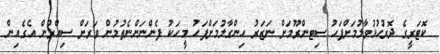
ކޮޓަރީގެ ދޮރުހުޅުވާލުމަށްފަހު ސިޓންރޫމަށް ނަޒަރު ހިންގާލުމަށްފަހު މީހަކު ފެންނަންނެތުމުން ވަރަށް ސިއްރުން އެގެއިން